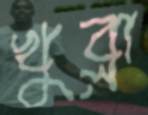
খুব্‌লা